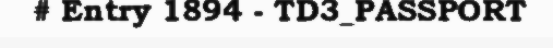
# Entry 1894 - TD3_PASSPORT